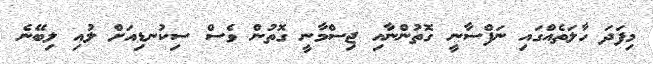
މިފަދަ ހާލަތެއްގައި ނަފްސާނީ ގޮތުންނާއި ޖިސްމާނީ ގޮތުން ވެސް ސިކުނޑިއަށް ލުއި ލިބޭނެ